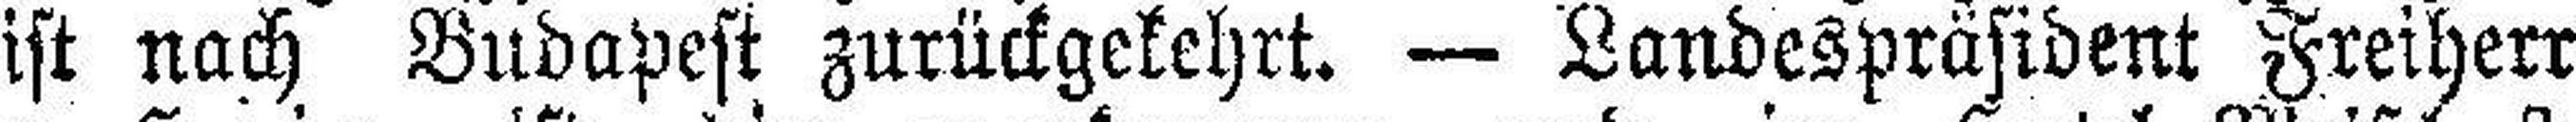
ist nach Budapest zurückgekehrt. — Landespräsident Freiherr